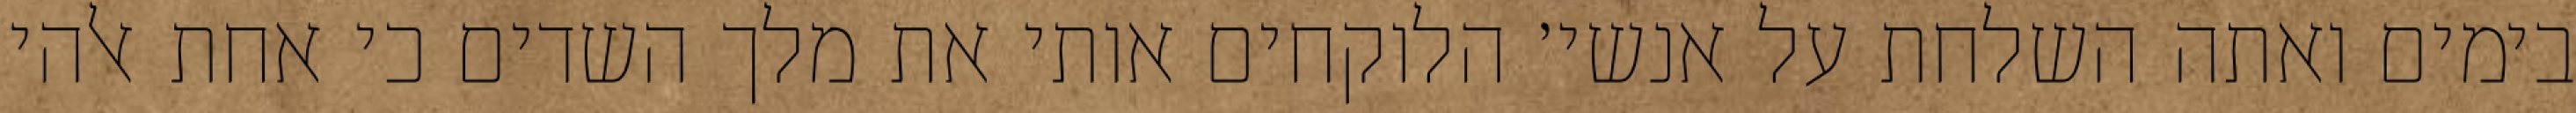
בימים ואתה השלחת על אנשי׳ הלוקחים אותי את מלך השדים כי אחת אלהי